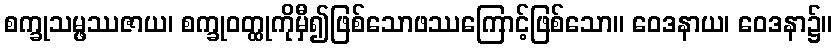
စက္ခုသမ္ဖဿဇာယ၊ စက္ခုဝတ္ထုကိုမှီ၍ဖြစ်သောဖဿကြောင့်ဖြစ်သော။ ဝေဒနာယ၊ ဝေဒနာ၌။